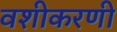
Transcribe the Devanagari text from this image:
वशीकरणी